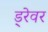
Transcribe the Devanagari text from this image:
ड्रेवर